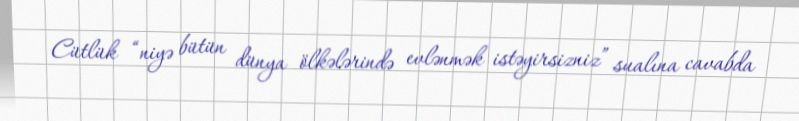
Cütlük “niyə bütün dünya ölkələrində evlənmək istəyirsizniz” sualına cavabda